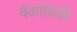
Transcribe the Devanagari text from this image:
वॅकोविकी